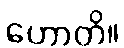
ဟောတိ။